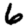
Digit: 6